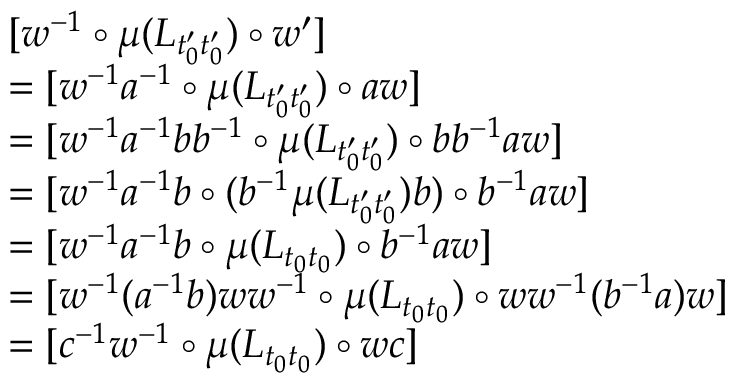
\begin{array} { r l } & { [ w ^ { - 1 } \circ \mu ( L _ { t _ { 0 } ^ { \prime } t _ { 0 } ^ { \prime } } ) \circ w ^ { \prime } ] } \\ & { = [ w ^ { - 1 } a ^ { - 1 } \circ \mu ( L _ { t _ { 0 } ^ { \prime } t _ { 0 } ^ { \prime } } ) \circ a w ] } \\ & { = [ w ^ { - 1 } a ^ { - 1 } b b ^ { - 1 } \circ \mu ( L _ { t _ { 0 } ^ { \prime } t _ { 0 } ^ { \prime } } ) \circ b b ^ { - 1 } a w ] } \\ & { = [ w ^ { - 1 } a ^ { - 1 } b \circ ( b ^ { - 1 } \mu ( L _ { t _ { 0 } ^ { \prime } t _ { 0 } ^ { \prime } } ) b ) \circ b ^ { - 1 } a w ] } \\ & { = [ w ^ { - 1 } a ^ { - 1 } b \circ \mu ( L _ { t _ { 0 } t _ { 0 } } ) \circ b ^ { - 1 } a w ] } \\ & { = [ w ^ { - 1 } ( a ^ { - 1 } b ) w w ^ { - 1 } \circ \mu ( L _ { t _ { 0 } t _ { 0 } } ) \circ w w ^ { - 1 } ( b ^ { - 1 } a ) w ] } \\ & { = [ c ^ { - 1 } w ^ { - 1 } \circ \mu ( L _ { t _ { 0 } t _ { 0 } } ) \circ w c ] } \end{array}